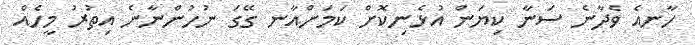
ހާނއެ ވެދާނެ ސަނާ ކިޔަން އުޅެނިކޮށް ކަމަށްއާނ ގޭގަ ނުހުންނާނެ އިތުރު މީހެއް